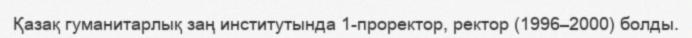
Қазақ гуманитарлық заң институтында 1-проректор, ректор (1996–2000) болды.